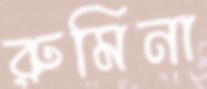
রুমিনা